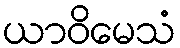
ယာဝိမေသံ